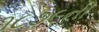
૧૮૭૯ની